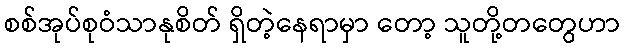
စစ်အုပ်စုဝံသာနုစိတ် ရှိတဲ့နေရာမှာ တော့ သူတို့တတွေဟာ